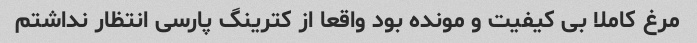
مرغ کاملا بی کیفیت و مونده بود واقعا از کترینگ پارسی انتظار نداشتم